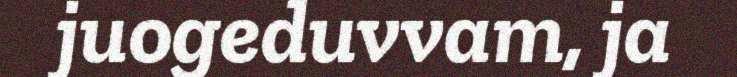
juogeduvvam, ja